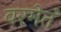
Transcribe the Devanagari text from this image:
वरमेतं